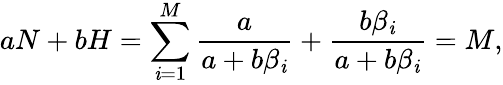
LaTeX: aN+bH=\sum_{\mathit{i}=1}^{M}\frac{{a}}{{a+b\beta_{\mathit{i}}}}+\frac{{b\beta_{\mathit{i}}}}{{a+b\beta_{\mathit{i}}}}=M,